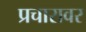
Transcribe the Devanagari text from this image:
प्रचारावर